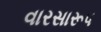
વારસારૂપ